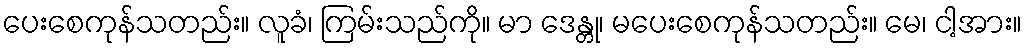
ပေးစေကုန်သတည်း။ လူခံ၊ ကြမ်းသည်ကို။ မာ ဒေန္တု၊ မပေးစေကုန်သတည်း။ မေ၊ ငါ့အား။